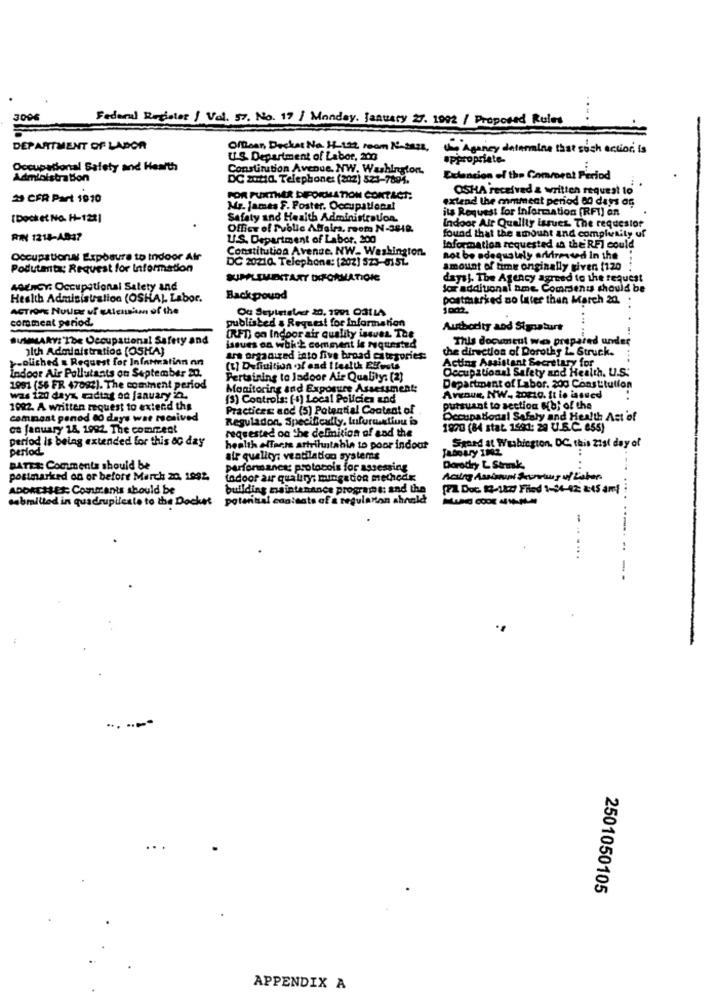
3006
Federal Reglolor / Val. 57. No. 19 / Monday, January 27. 1992 / Proposed Rules
DEPARTMENT OF LABOR
Offtoan, Decker No. 14-122 room 10-Days,
Agency determine that such action is
U.S. Department of Labor, 200
appropriate-
Occupational Safety and Health
Constitution Avenue. NW. Washington.
Administration
DC zutid. Telephone: (202) 523-7804.
Extension of the Commoret Period
OSHA received a written request to
29 CFR Part 1970
FOR FURTHER DIFORMATION CONTACT:
extend the anmmeat period 00 days an
Mr. James F. Poster. Occupational
its Request for Information (RFI] en
(Dock et No. H-122]
Safety and Health Administration.
Office of Public Affairs, room N-3848.
Indoor Air Quelliy issues The requestor
found that the amount and complexity uf
RIN 1218-A037
U.S. Department of Labor. 200
Constitution Avenue. NW. Washington.
Information requested in the'RFI could
Occupational Exposure to Indoor Air
DC 20210. Telephone: [202) 523-015L
not be adequately adirirested In the
Podutata; Request for Information
amount of time onginally given. (120
SUPPLEMENTARY INFORMATICHE
days). The Agency agreed to the request
AGENCY: Occupational Safety and
for additional ame. Comments should be
Health Administration (OSHA). Labor.
Back pound
postmarked no later than March 20.
Ou Seyirtalec 20. 1991 031LA
comment period.
published & Request for Information
Authority and Signature
SUMMARY: The Occupational Safety and
(FT) on Indoor air quality issues The
This doomtul wes prepared under
alth Administration (OSHA)
issues on which comment is requested
the direction of Dorothy L. Struck.
-oliched a Request for Infantwatinn nn
ars organized into five broad categories:
[t] Definition of ond I feelth Effects
Acting Assistant Secretary for
Occupational Safety and Health, U.S.
Indoor Air Pollutants on September 20.
Pertaining to Jadoor Air Quality: [2]
1991 (56 FR 47082). The comment period
Monitoring and Exposure Assessment:
Department of Labor. 200 Constitution
was i20 days, radtag on january 2.
(3) Controls: (1) Local Policies and
Avenue, NW. zozio. It is issued
1992. A written request to extend the
Practices and (5) Potential Content of
pursuant to section Hbf of the
comment panod 80 days war rscsived
Reguladon, Specifically, tufurulinu
Occupational Safety and Health Ast of
ca january 18, 1992 The comizent
requested oa the definition of and the
1890 (84 stat. 1991: 29 U.S.C. 855)
period is being extended for this ac day
Spoed at Washington, DC. this 21st day of
period
health effects artrihuntable to poor indout
air quality; ventilation systems
BATER: Comments should be
performance: protocols for assessing
Dorothy L Strmk
postmarked on or before March 20. 1992.
todoor air quality; mingadon methodx
ADOREISE1 Comments should be
building maintenance programt: and the
[ Doc. 12-142) Fried 1-44-42; &45 amt
cabmilled in quadrupileale to the Docket
potential contents of a regulation should
2501050105
APPENDIX A